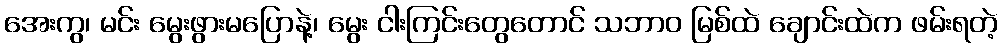
အေးကွ၊ မင်း မွေးဖွားမပြောနဲ့၊ မွေး ငါးကြင်းတွေတောင် သဘာဝ မြစ်ထဲ ချောင်းထဲက ဖမ်းရတဲ့